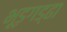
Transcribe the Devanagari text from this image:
भूड़गड्ढा